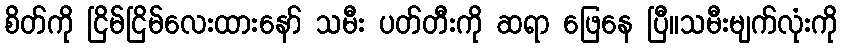
စိတ်ကို ငြိမ်ငြိမ်လေးထားနော် သမီး ပတ်တီးကို ဆရာ ဖြေနေ ပြီ။သမီးမျက်လုံးကို